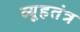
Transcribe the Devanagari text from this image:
व्यूहतंत्र